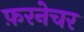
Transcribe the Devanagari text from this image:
फ़रनेचर